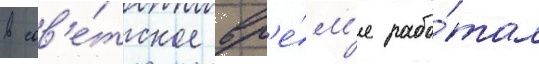
в сов'е́тское вр'е́м'я рабо́тал